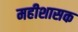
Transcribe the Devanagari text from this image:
महीशासक